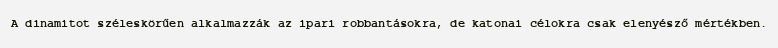
A dinamitot széleskörűen alkalmazzák az ipari robbantásokra, de katonai célokra csak elenyésző mértékben.